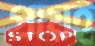
প্রায়ই